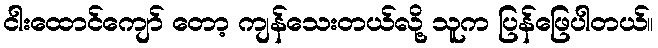
ငါးထောင်ကျော် တော့ ကျန်သေးတယ်လို့ သူက ပြန်ဖြေပါတယ်။